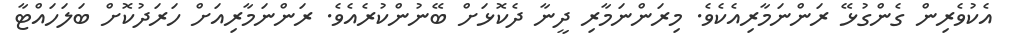
އެކުވެރިން ގެންގުޅޭ ރަންނަމާރިއެކެވެ. މިރަންނަމާރި ދީނާ ދެކޮޅަށް ބޭނުންކުރެއެވެ. ރަންނަމާރިއަށް ހަރަދުކޮށް ބަލަހައްޓާ